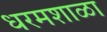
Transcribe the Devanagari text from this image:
धरमशाळा